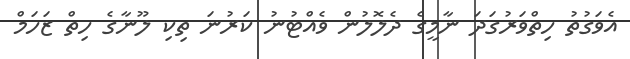
އެވަގުތު ހިތްވަރުގަދަ ނާމީގެ ދެލޮލުން ވެއްޓުނު ކަރުނަ ތިކި ލޫނާގެ ހިތް ޒަހަމް